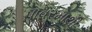
પાવરમાથી